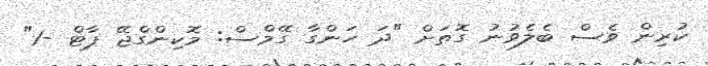
ކުރިން ވެސް ބެލެވުނު ގޮތަށް "ދަ ހަންގާ ގޭމްސް: މޮކިންގްޖޭ ޕާޓް -1"